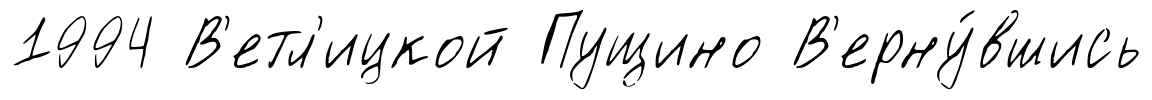
1994 В'етл'ицкой Пущино В'ерну́вшись